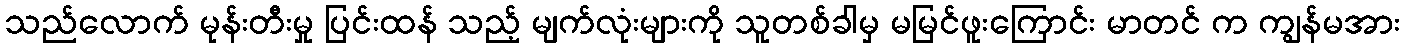
သည်လောက် မုန်းတီးမှု ပြင်းထန် သည့် မျက်လုံးများကို သူတစ်ခါမှ မမြင်ဖူးကြောင်း မာတင် က ကျွန်မအား